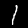
Digit: 1